Annual report of the Imperial Bacteriologist
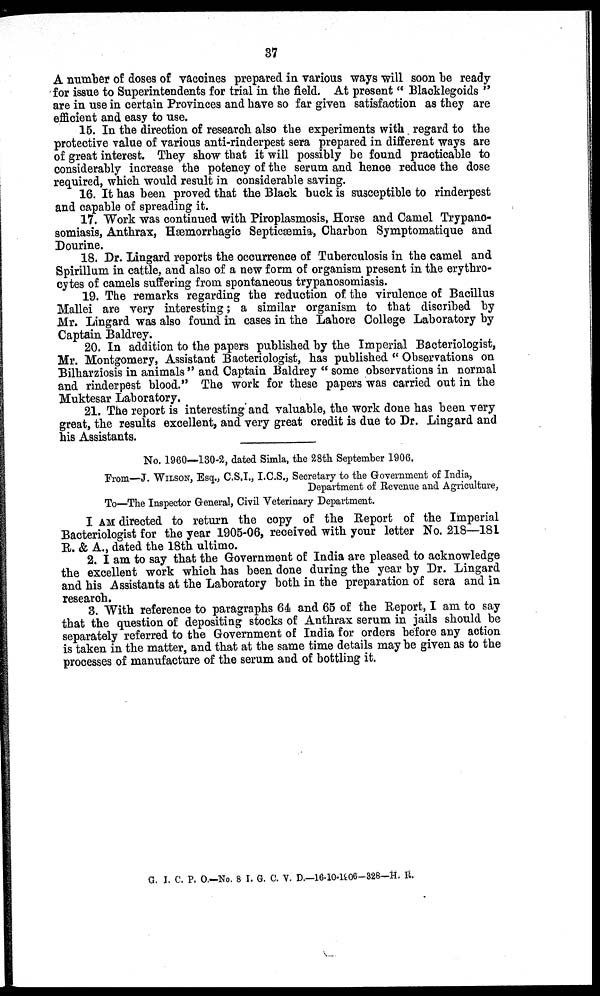
37
A number of doses of vaccines prepared in various ways will soon be ready
for issue to Superintendents for trial in the field. At present " Blacklegoids"
are in use in certain Provinces and have so far given satisfaction as they are
efficient and easy to use.
15. In the direction of research also the experiments with regard to the
protective value of various anti-rinderpest sera prepared in different ways are
of great interest. They show that it will possibly be found practicable to
considerably increase the potency of the serum and hence reduce the dose
required, which would result in considerable saving.
16. It has been proved that the Black buck is susceptible to rinderpest
and capable of spreading it.
17. Work was continued with Piroplasmosis, Horse and Camel Trypano-
somiasis, Anthrax, Hæmorrhagic Septicæmia, Charbon Symptomatique and
Dourine.
18. Dr. Lingard reports the occurrence of Tuberculosis in the camel and
Spirillum in cattle, and also of a new form of organism present in the erythro-
cytes of camels suffering from spontaneous trypanosomiasis.
19. The remarks regarding the reduction of the virulence of Bacillus
Mallei are very interesting; a similar organism to that discribed by
Mr. Lingard was also found in cases in the Lahore College Laboratory by
Captain Baldrey.
20. In addition to the papers published by the Imperial Bacteriologist,
Mr. Montgomery, Assistant Bacteriologist, has published " Observations on
Bilharziosis in animals " and Captain Baldrey " some observations in normal
and rinderpest blood." The work for these papers was carried out in the
Muktesar Laboratory.
21. The report is interesting and valuable, the work done has been very
great, the results excellent, and very great credit is due to Dr. Lingard and
his Assistants.
No. 1960—130-2, dated Simla, the 28th September 1906.
From—J. WILSON, Esq., C.S.I., I.C.S., Secretary to the Government of India,
Department of Revenue and Agriculture,
To—The Inspector General, Civil Veterinary Department.
I AM directed to return the copy of the Report of the Imperial
Bacteriologist for the year 1905-06, received with your letter No. 218—181
R. & A., dated the 18th ultimo.
2. I am to say that the Government of India are pleased to acknowledge
the excellent work which has been done during the year by Dr. Lingard
and his Assistants at the Laboratory both in the preparation of sera and in
research.
3. With reference to paragraphs 64 and 65 of the Report, I am to say
that the question of depositing stocks of Anthrax serum in jails should be
separately referred to the Government of India for orders before any action
is taken in the matter, and that at the same time details may be given as to the
processes of manufacture of the serum and of bottling it.
G. I. C. P. O. —No. 8 I. G. C. V. D.—16-10-1906-328—H. P.